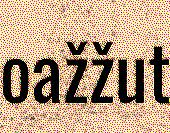
oažžut